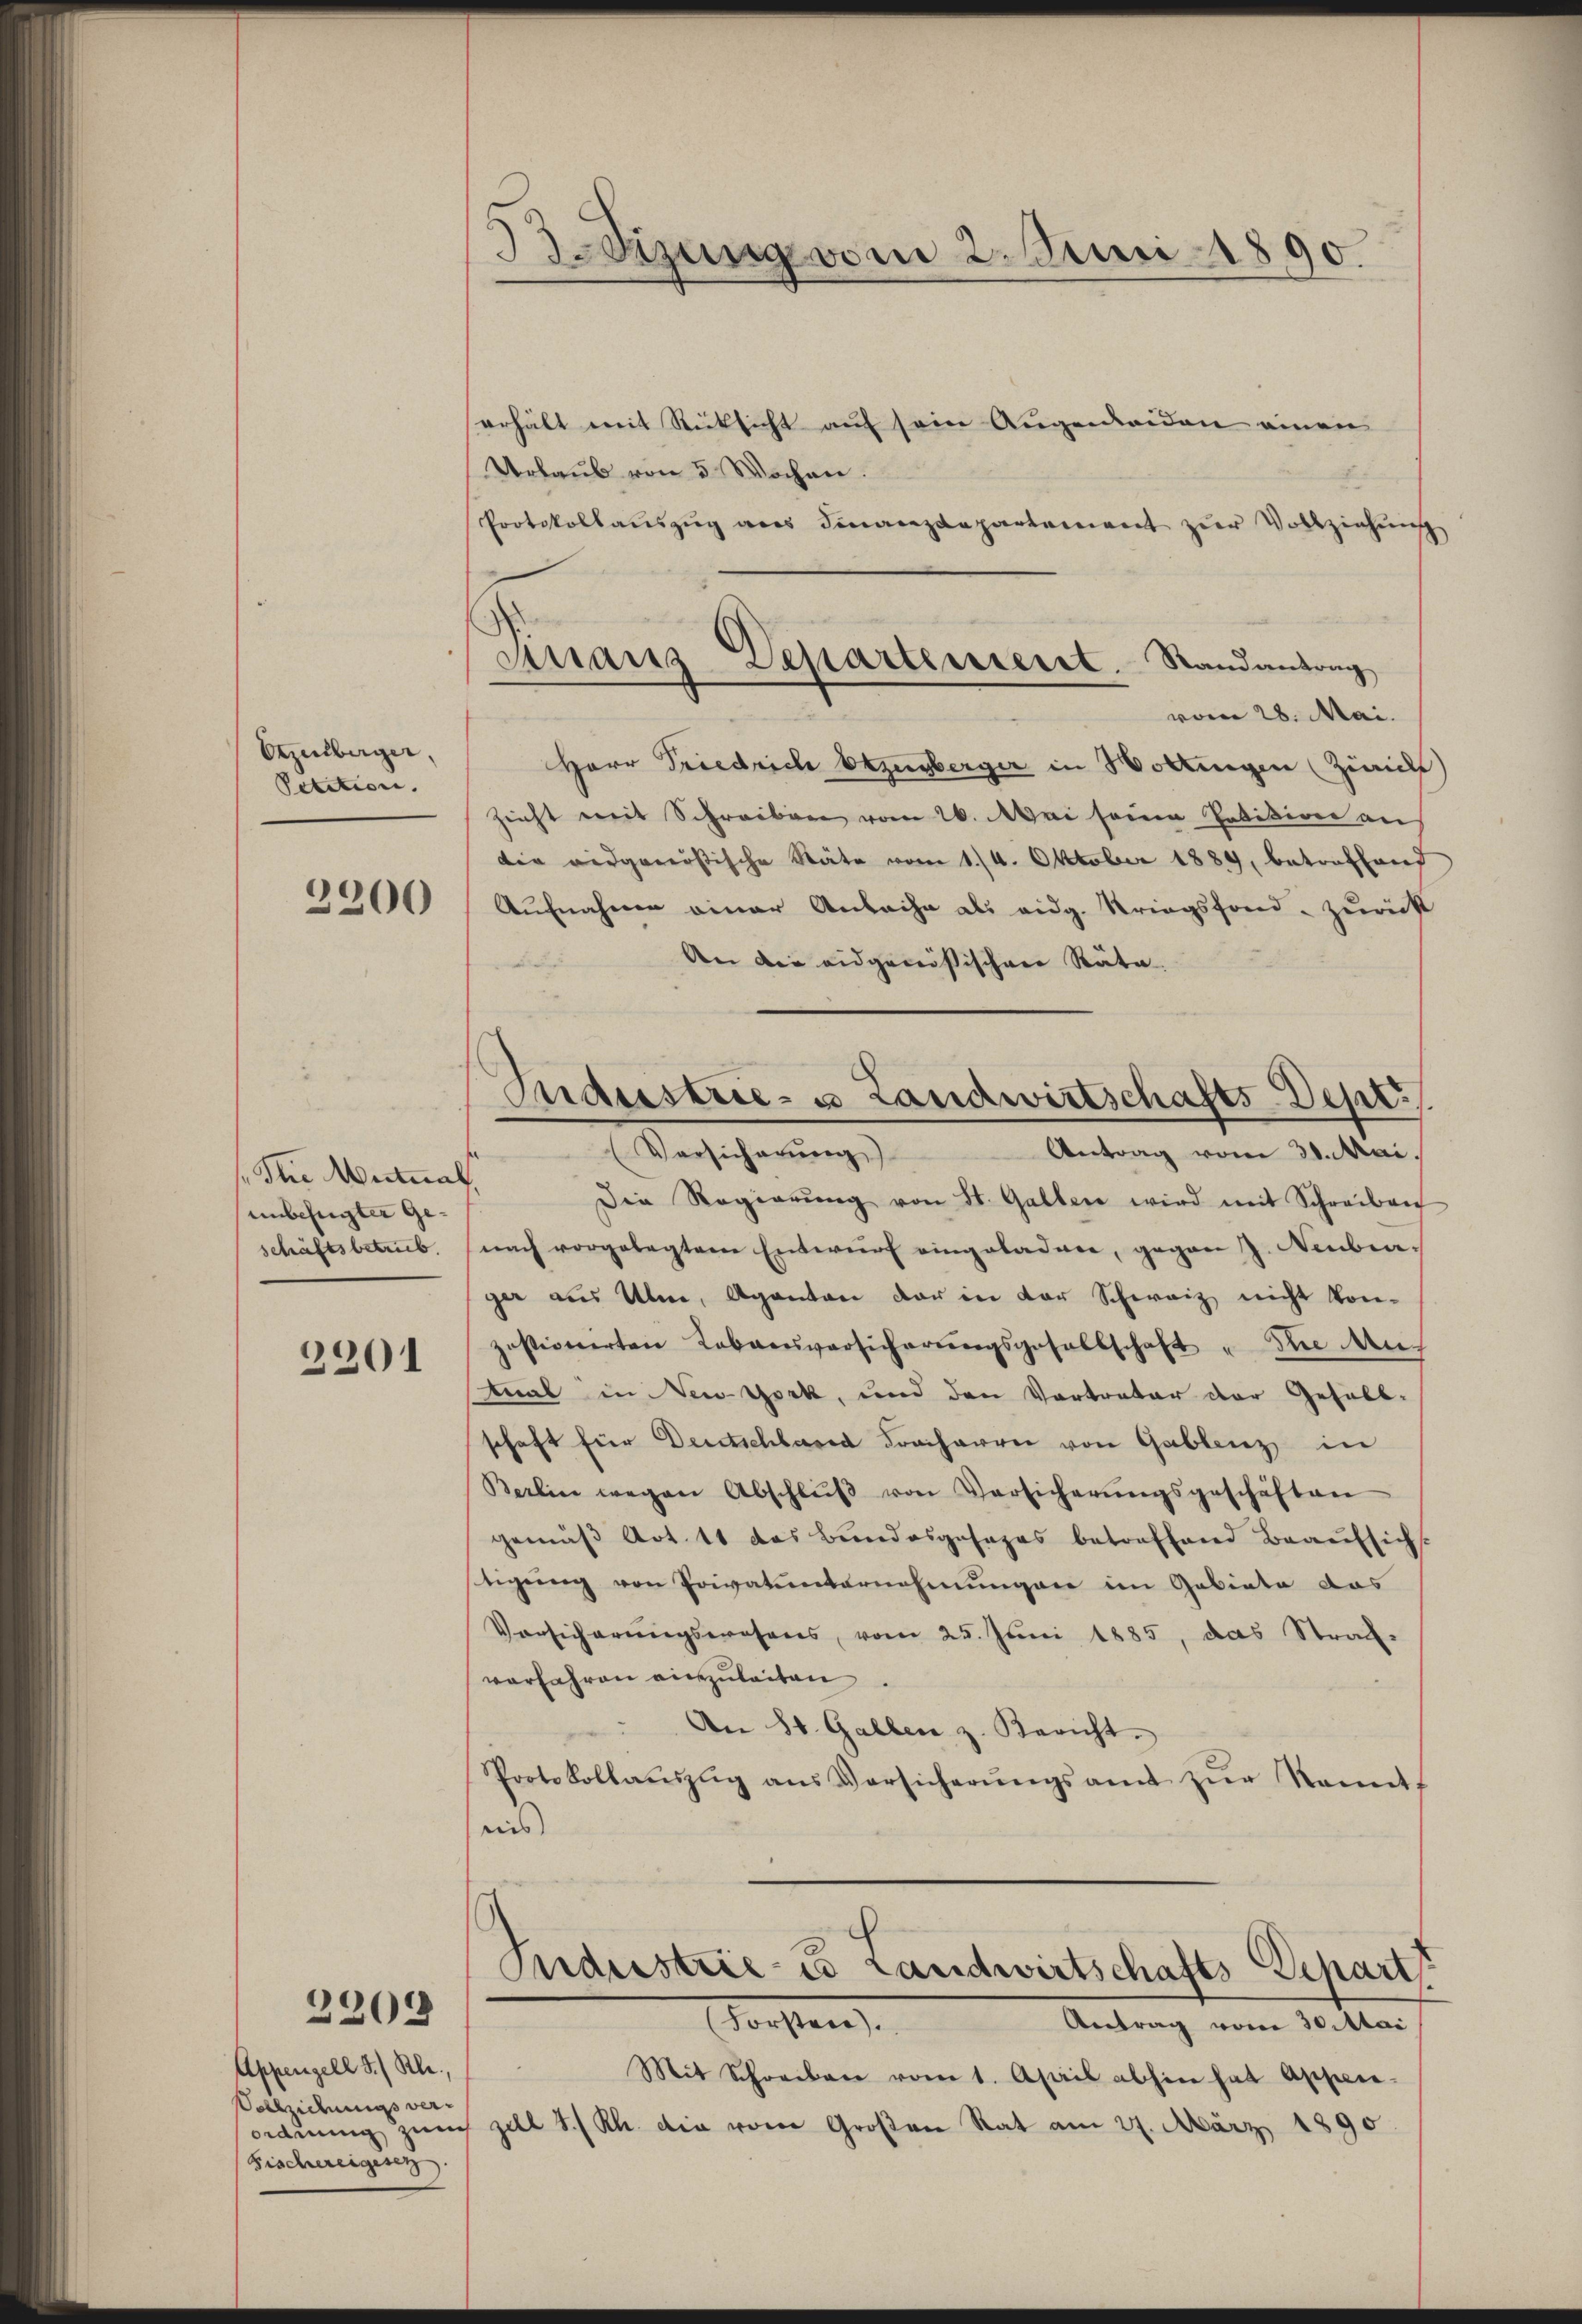
Otzelberger,
Petition. |

2200

Jlie Mutmals
unbefugter Geschäftsbetrüb.

2901

2201

Appenzell I. Kle
Vollziehungs ver¬
Fischereigesez

33Sizung vom 2. Juni 1890.

erhält mit Rücksicht auf sein Augenleiden einen
Urlaub von 5 Wochen.
Protokollauszug aus Finanzdepartement zur Vollziehung
vom 28. Mai.
Herr Friedrich Bezugberger in Hottingen (Zürich
Zeicht mit Schreiben vom 26. Mai seine Petition an
die eidgenössische Stäte vom 1./4. Oktober 1889, betreffend
Aufnahmen einer Anbache als eidg. Kriegsfond. Zuricht
An die eidgenößischen Räte.
Versicherŭng
Antrag vom 30. Mai.
Die Regierŭng von St. Gallen wird mit Schreiben
nach vorgelegtem Entwŭrf eingeladen, gegen J. Neubear-
ger aus Ulm, Aganten der in der Schweiz nicht konpostionierten Lebensversicherŭngsgesellschaft u die auch
Mal in New-York, und den Vertreter der Gesell-
schaft für Deutschland Fracharrei von Gablenz in
Berlin wegen Abschlŭβ von Versicherŭngsgeschäften
gemäß Art. 11 das Bundesgesages betreffend Beaufsicht
stigŭng von Privatunternehmungen im Gebiete das
Versicherungswesens, vom 25. Juni 1885, das Straf-
vorfahren einzuleiten
An St. Gallen z. Bericht.
Protokollaŭszŭg ans Versicherŭngsamt zŭr Sonnt
nis
Industrie-Co Landwirtschafts Depart
Forsten
Antrag vom 30. Mai
Mit Schreiben vom 1. April abhin hat Appen-
ordnung zur Zell S. Rh. die von Großen Rat am 27. März 1890

Finanz Departement. Randantrag

Industrie- u Landwirtschafts-Depr